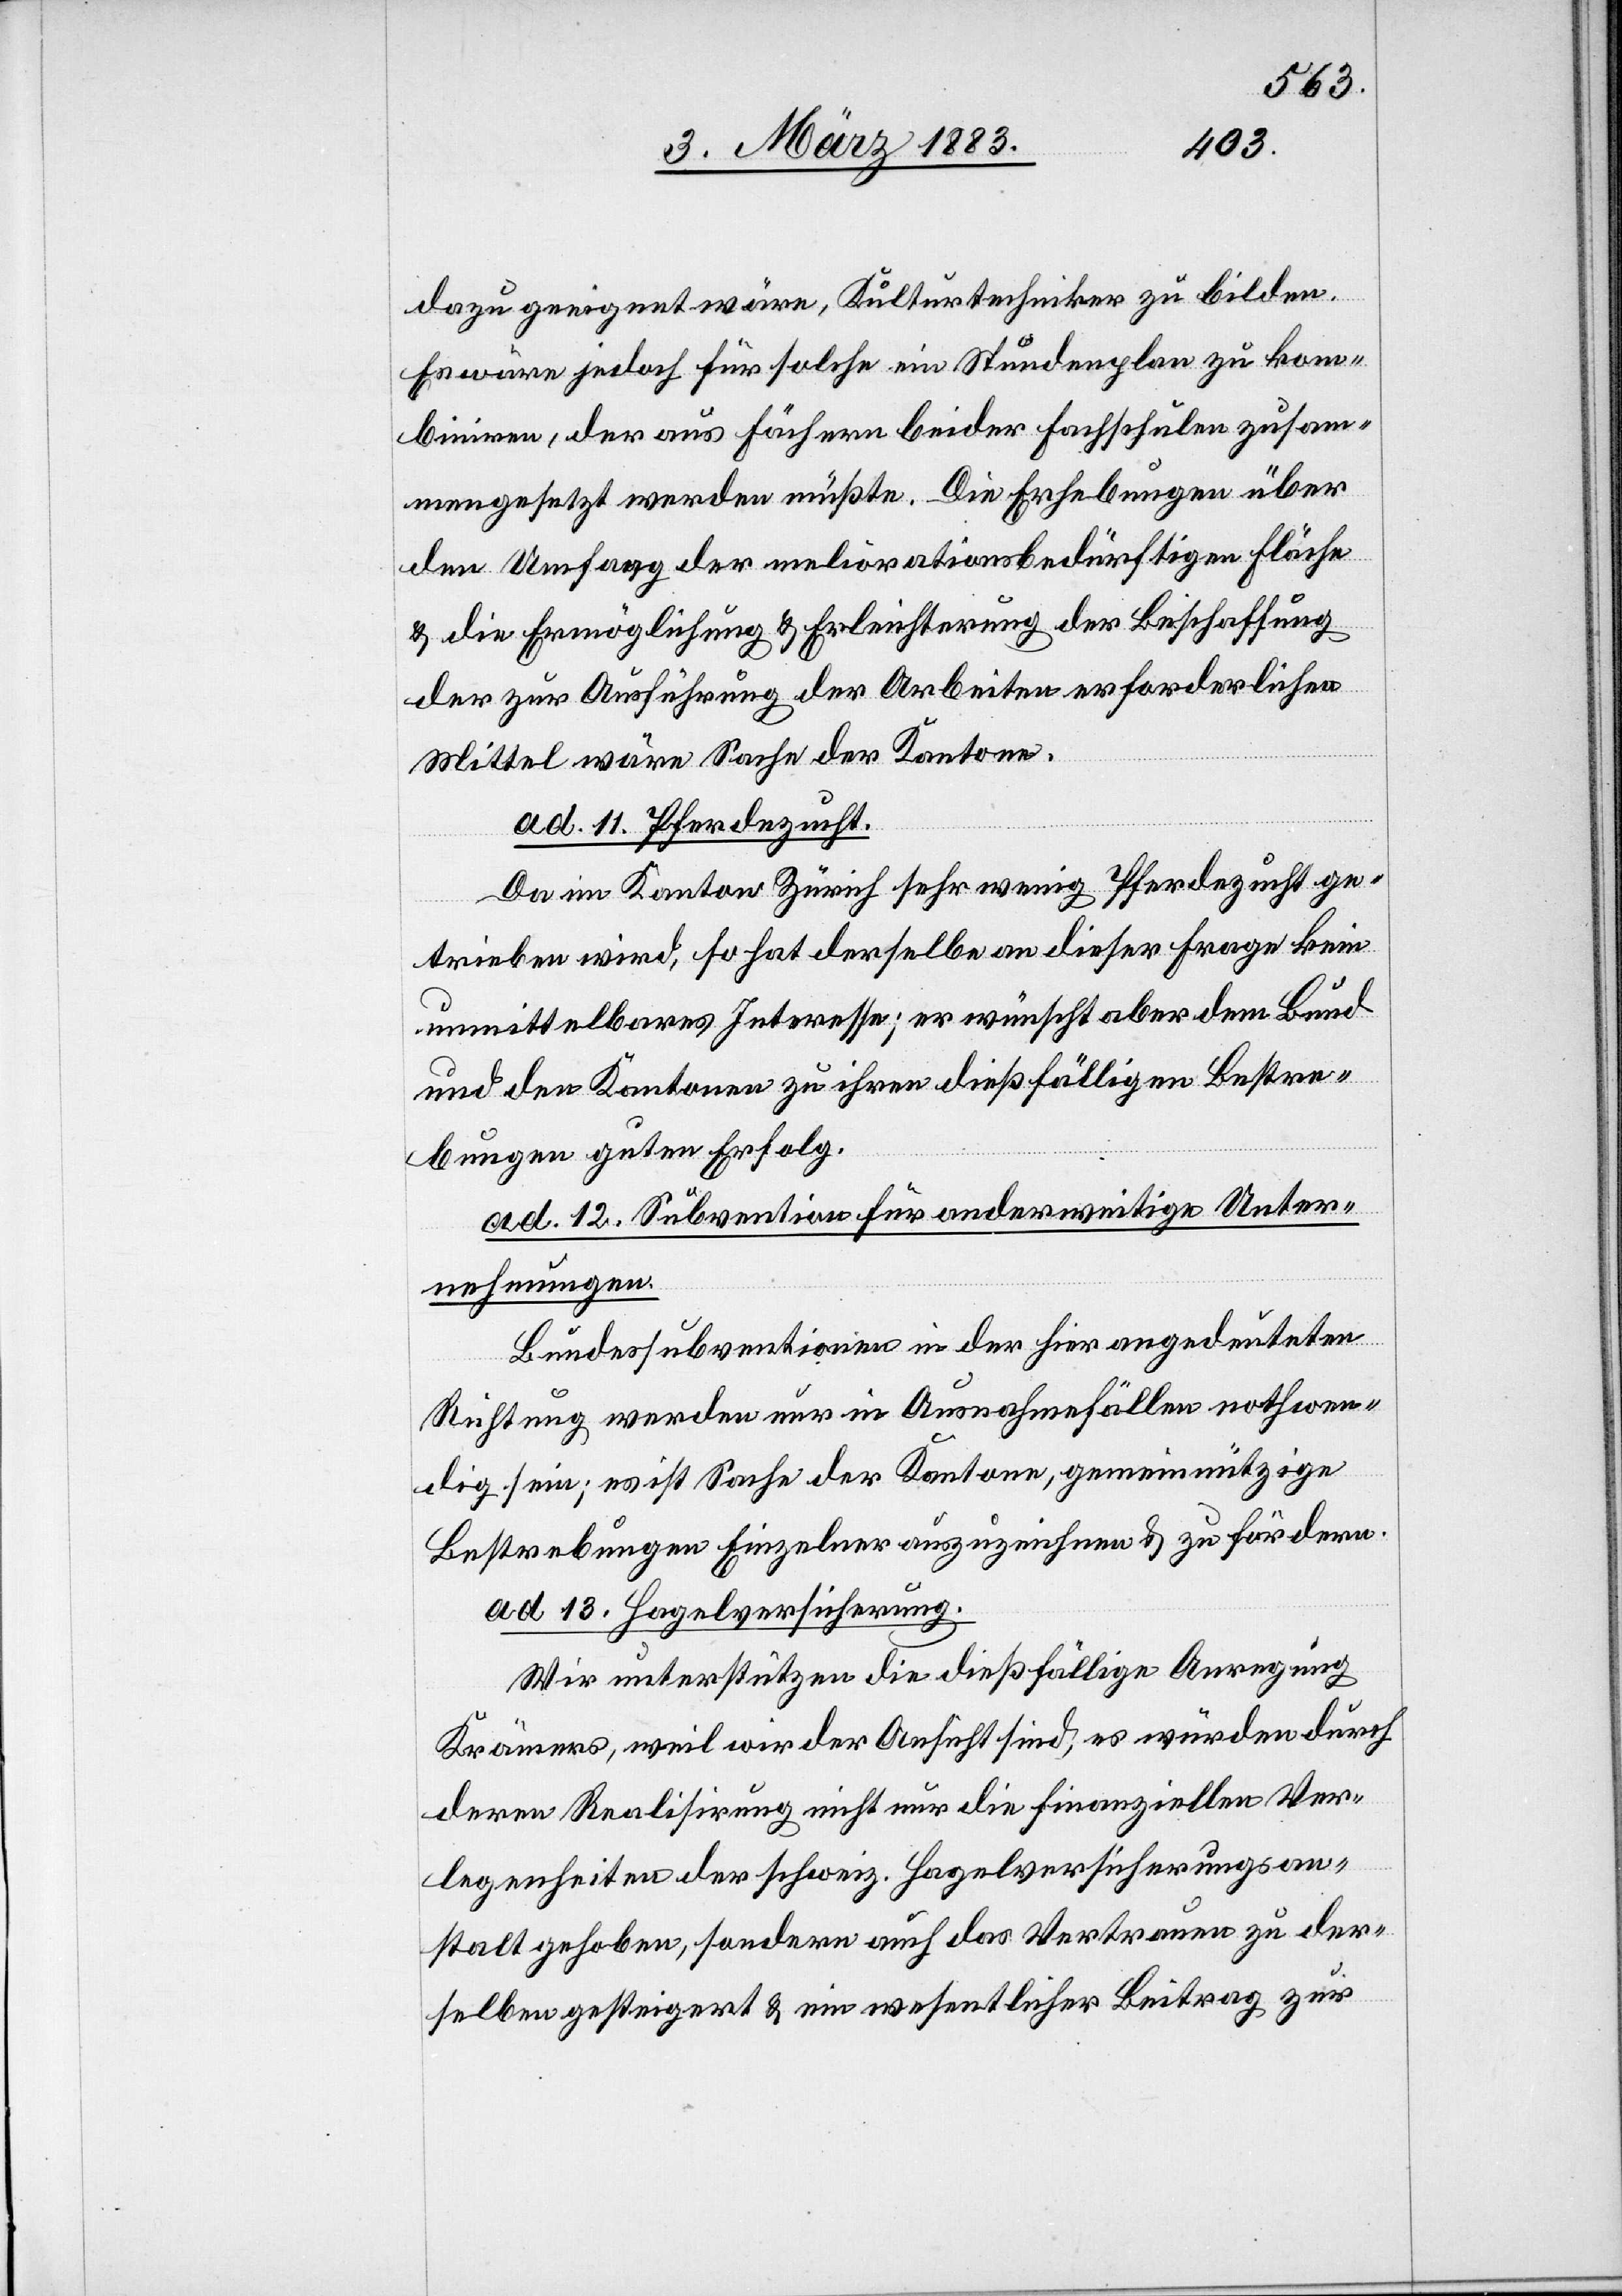
dazu geeignet wäre, Kulturtechniker zu bilden.
Es wäre jedoch für solche ein Stundenplan zu kom¬
biniren, der aus Fächern beider Fachschulen zusam¬
mengesetzt werden müßte. Die Erhebungen über
den Umfang der meliorationsbedürftigen Fläche
& die Ermöglichung & Erleichterung der Beschaffung
der zur Ausführung der Arbeiten erforderlichen
Mittel wäre Sache der Kantone.
ad 11. Pferdezucht.
Da im Kanton Zürich sehr wenig Pferdezucht ge¬
trieben wird, so hat derselbe an dieser Frage kein
unmittelbares Interesse; er wünscht aber dem Bund
und den Kantonen zu ihren dießfälligen Bestre¬
bungen guten Erfolg.
ad 12. Subvention für anderweitige Unter¬
nehmungen.
Bundessubventionen in der hier angedeuteten
Richtung werden nur in Ausnahmefällen nothwen¬
dig sein; es ist Sache der Kantone, gemeinnützige
Bestrebungen Einzelner auszuzeichnen & zu fördern.
ad 13. Hagelversicherung.
Wir unterstützen die dießfällige Anregung
Krämers, weil wir der Ansicht sind, es würden durch
deren Realisirung nicht nur die finanziellen Ver¬
legenheiten der schweiz. Hagelversicherungsan¬
stalt gehoben, sondern auch das Vertrauen zu der¬
selben gesteigert & ein wesentlicher Beitrag zur